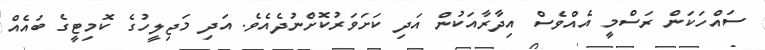
ސައްހަކަން ރަސްމީ އެއްވެސް އިދާރާއަކުން އަދި ކަށަވަރުކޮށްނުދެއެވެ. އަދި މަޖިލީހުގެ ކޮމިޓީގެ ބައެއް